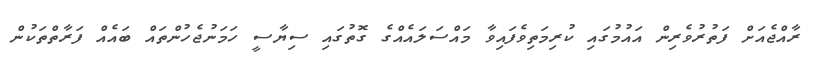
ރާއްޖެއަށް ފަތުރުވެރިން އައުމުގައި ކުރިމަތިވެފައިވާ މައްސަލައެއްގެ ގޮތުގައި ސިޔާސީ ހަމަނުޖެހުންތައް ބައެއް ފަރާތްތަކުން